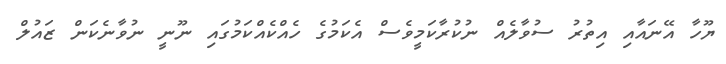
ޔޫހާ އޭނައާއި އިތުރު ސުވާލެއް ނުކުރާކަމީވެސް އެކަމުގެ ހެއްކެއްކަމުގައި ނޫނީ ނުވާނެކަން ޒައުލް